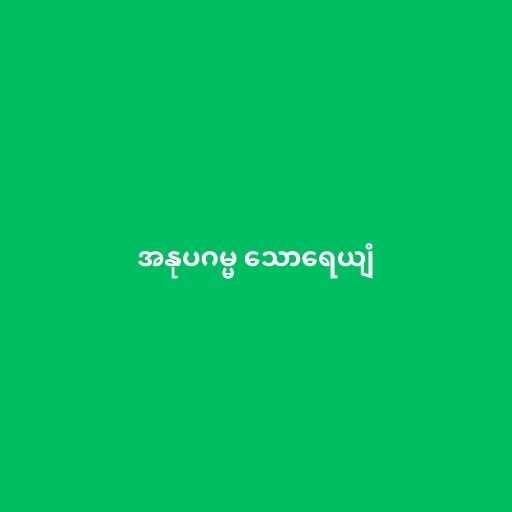
အနုပဂမ္မ သောရေယျံ